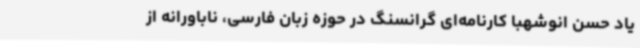
یاد حسن انوشهبا کارنامه‌ای گرانسنگ در حوزه زبان فارسی، ناباورانه از